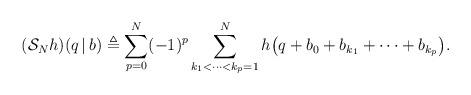
LaTeX: \begin{align*}(\mathcal{S}_Nh)(q\,|\,b) \triangleq \sum\limits_{p=0}^N (-1)^p\sum\limits_{k_1<\cdots<k_p=1}^Nh\bigl(q+b_0+b_{k_1}+\cdots+b_{k_p}\bigr).\end{align*}